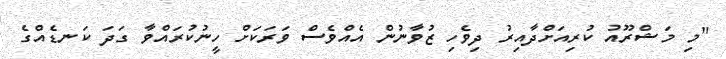
"މި މަޝްރޫއު ކުރިއަށްދާއިރު ދިވެހި ޒުވާނުން އެއްވެސް ވަރަކަށް ހީނުކުރައްވާ ގަދަ ކަނޑެއްގެ